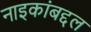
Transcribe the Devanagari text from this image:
नाइकांबद्दल